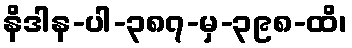
နိဒါန-ပါ-၃၈၇-မှ-၃၉၈-ထိ၊